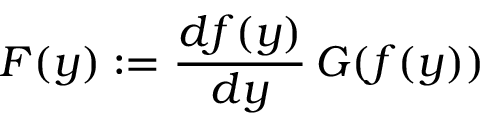
F ( y ) : = \frac { d f ( y ) } { d y } \, G ( f ( y ) )